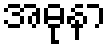
အဓုနာ